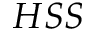
H S S